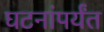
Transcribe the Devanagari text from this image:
घटनांपर्यंत